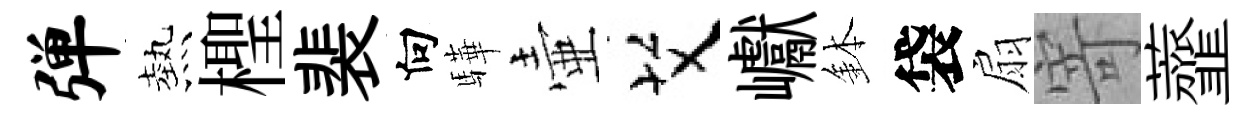
弹熱檉裴向驊壷艾巘鉢袋扇寄虀